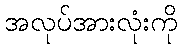
အလုပ်အားလုံးကို